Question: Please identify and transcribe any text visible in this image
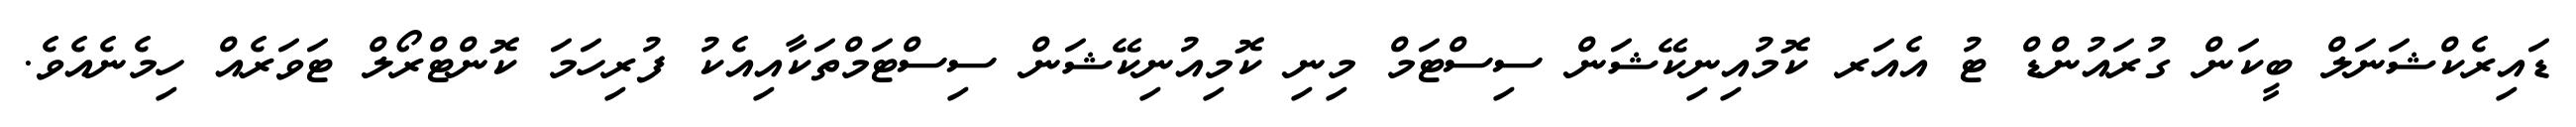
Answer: ޑައިރެކްޝަނަލް ބީކަން ގުރައުންޑް ޓު އެއަރ ކޮމުއިނިކޭޝަން ސިސްޓަމް މިނި ކޮމިއުނިކޭޝަން ސިސްޓަމްތަކާއިއެކު ފުރިހަމަ ކޮންޓްރޯލް ޓަވަރެއް ހިމެނެއެވެ.